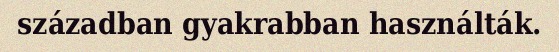
században gyakrabban használták.